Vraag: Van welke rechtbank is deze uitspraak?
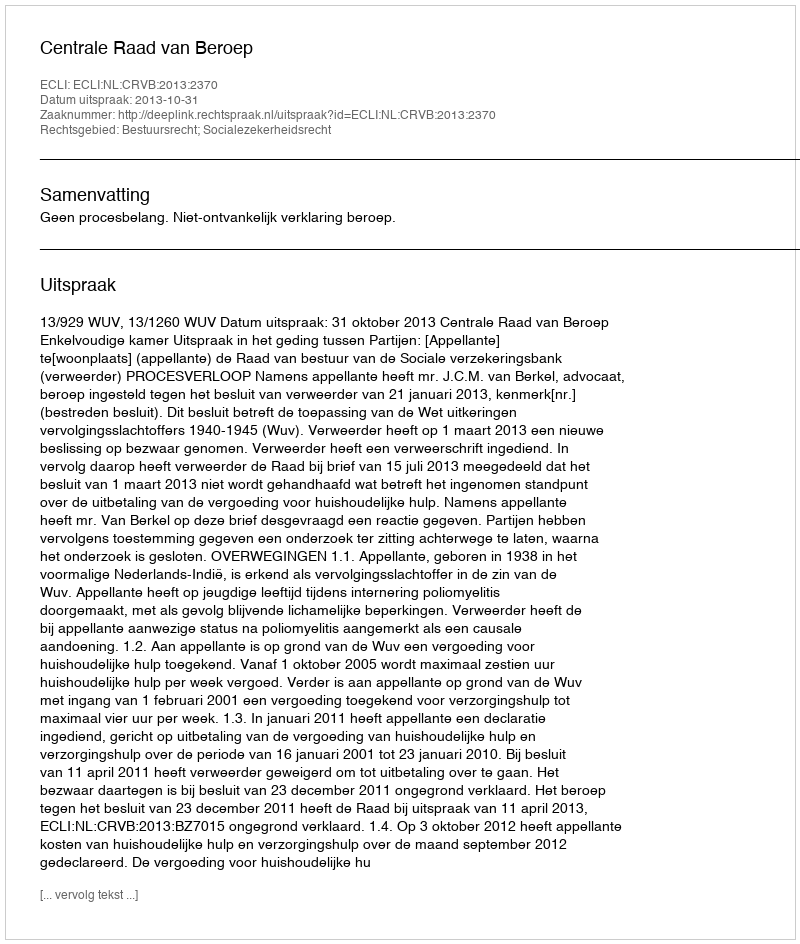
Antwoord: Centrale Raad van Beroep